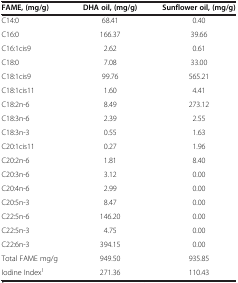
| FAME, (mg/g) | DHA oil, (mg/g) | Sunflower oil, (mg/g) |
 | --- | --- | --- |
 | C14:0 | 68.41 | 0.40 |
 | C16:0 | 166.37 | 39.66 |
 | C16:1cis9 | 2.62 | 0.61 |
 | C18:0 | 7.08 | 33.00 |
 | C18:1cis9 | 99.76 | 565.21 |
 | C18:1cis11 | 1.60 | 4.41 |
 | C18:2n-6 | 8.49 | 273.12 |
 | C18:3n-6 | 2.39 | 2.55 |
 | C18:3n-3 | 0.55 | 1.63 |
 | C20:1cis11 | 0.27 | 1.96 |
 | C20:2n-6 | 1.81 | 8.40 |
 | C20:3n-6 | 3.12 | 0.00 |
 | C20:4n-6 | 2.99 | 0.00 |
 | C20:5n-3 | 8.47 | 0.00 |
 | C22:5n-6 | 146.20 | 0.00 |
 | C22:5n-3 | 4.75 | 0.00 |
 | C22:6n-3 | 394.15 | 0.00 |
 | Total FAME mg/g | 949.50 | 935.85 |
 | Iodine Index1 | 271.36 | 110.43 |